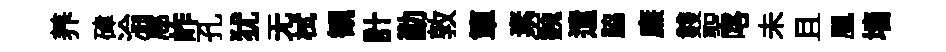
养硉淪豗岞孔犹无栻観計勤敦簞素巍遣脇廉䨇聖咯未且凰墙